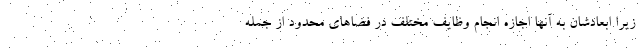
زیرا ابعادشان به آنها اجازه انجام وظایف مختلف در فضاهای محدود از جمله